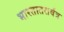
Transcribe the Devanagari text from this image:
भारतातसर्वत्र